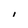
Character: I